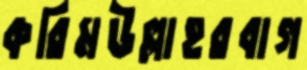
করিমউল্লাহরবাগ